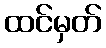
ထင်မှတ်